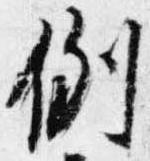
例